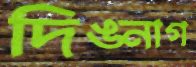
দিঙ্নাগ